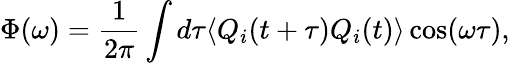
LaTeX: \Phi(\omega)=\frac{1}{2\pi}\int d\tau\langle Q_{i}(t+\tau)Q_{i}(t)\rangle\cos(\omega\tau),